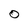
Character: O